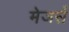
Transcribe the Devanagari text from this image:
मेजर्स